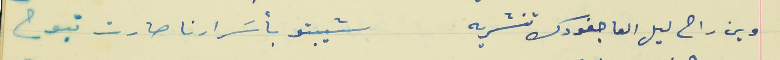
وين راح ليل العا جفونك تنشريه                           شيبتو بأسَرارنا صارت تبوح